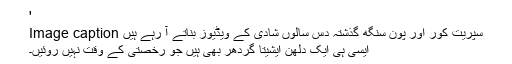
'
Image caption سپريت کور اور پون سنگھ گذشتہ دس سالوں شادی کے ویڈیوز بناتے آ رہے ہیں
ایسی ہی ایک دلھن ايشیتا گردھر بھی ہیں جو رخصتی کے وقت نہیں روئيں۔